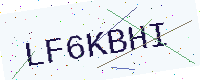
Text: LF6KBHI